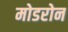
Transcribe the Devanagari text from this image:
मोडरोन